Piroplasma canis and its life cycle in the tick - Number 29
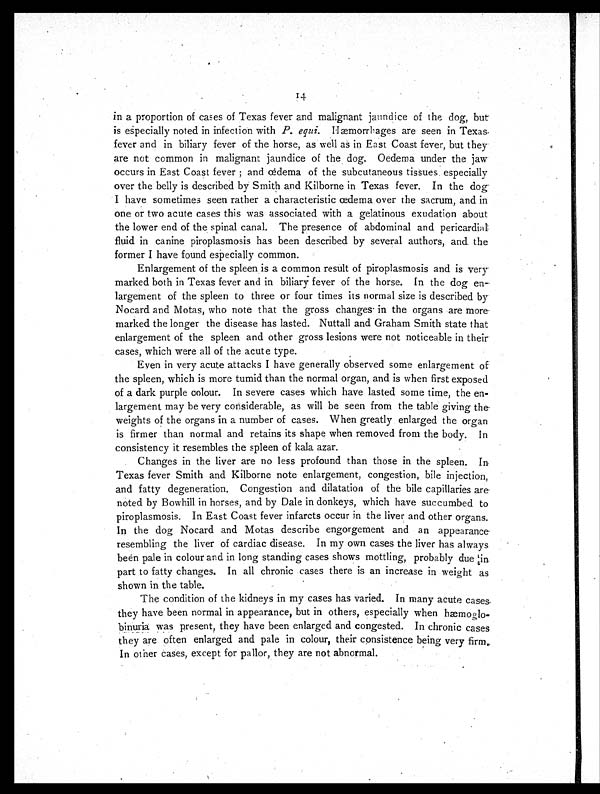
14
in a proportion of cases of Texas fever and malignant jaundice of the dog, but
is especially noted in infection with P. equi. Hæmorrhages are seen in Texas
fever and in biliary fever of the horse, as well as in East Coast fever, but they
are not common in malignant jaundice of the dog. Oedema under the jaw
occurs in East Coast fever ; and œdema of the subcutaneous tissues, especially
over the belly is described by Smith and Kilborne in Texas fever. In the dog
I have sometimes seen rather a characteristic œdema over the sacrum, and in
one or two acute cases this was associated with a gelatinous exudation about
the lower end of the spinal canal. The presence of abdominal and pericardial
fluid in canine piroplasmosis has been described by several authors, and the
former I have found especially common.
Enlargement of the spleen is a common result of piroplasmosis and is very
marked both in Texas fever and in biliary fever of the horse. In the dog en-
largement of the spleen to three or four times its normal size is described by
Nocard and Motas, who note that the gross changes in the organs are more
marked the longer the disease has lasted. Nuttall and Graham Smith state that
enlargement of the spleen and other gross lesions were not noticeable in their
cases, which were all of the acute type.
Even in very acute attacks I have generally observed some enlargement of
the spleen, which is more tumid than the normal organ, and is when first exposed
of a dark purple colour. In severe cases which have lasted some time, the en-
largement may be very considerable, as will be seen from the table giving the
weights of the organs in a number of cases. When greatly enlarged the organ
is firmer than normal and retains its shape when removed from the body. In
consistency it resembles the spleen of kala azar.
Changes in the liver are no less profound than those in the spleen. In
Texas fever Smith and Kilborne note enlargement, congestion, bile injection,
and fatty degeneration. Congestion and dilatation of the bile capillaries are
noted by Bowhill in horses, and by Dale in donkeys, which have succumbed to
piroplasmosis. In East Coast fever infarcts occur in the liver and other organs.
In the dog Nocard and Motas describe engorgement and an appearance
resembling the liver of cardiac disease. In my own cases the liver has always
been pale in colour and in long standing cases shows mottling, probably due in
part to fatty changes. In all chronic cases there is an increase in weight as
shown in the table.
The condition of the kidneys in my cases has varied. In many acute cases
they have been normal in appearance, but in others, especially when hæmoglo-
binuria was present, they have been enlarged and congested. In chronic cases
they are often enlarged and pale in colour, their consistence being very firm.
In other cases, except for pallor, they are not abnormal.